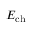
E _ { \mathrm { c h } }